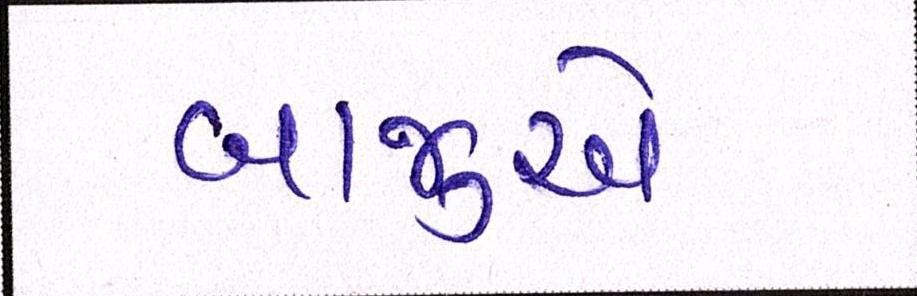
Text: બાજુએ